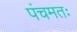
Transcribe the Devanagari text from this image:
पंचमतः